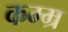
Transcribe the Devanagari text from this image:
कम्म्र